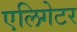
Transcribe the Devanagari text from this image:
एलिगेटर